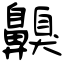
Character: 齅